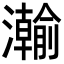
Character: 𬉦